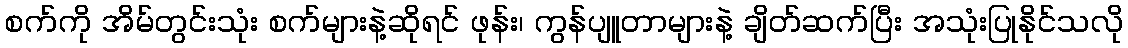
စက်ကို အိမ်တွင်းသုံး စက်များနဲ့ဆိုရင် ဖုန်း၊ ကွန်ပျူတာများနဲ့ ချိတ်ဆက်ပြီး အသုံးပြုနိုင်သလို